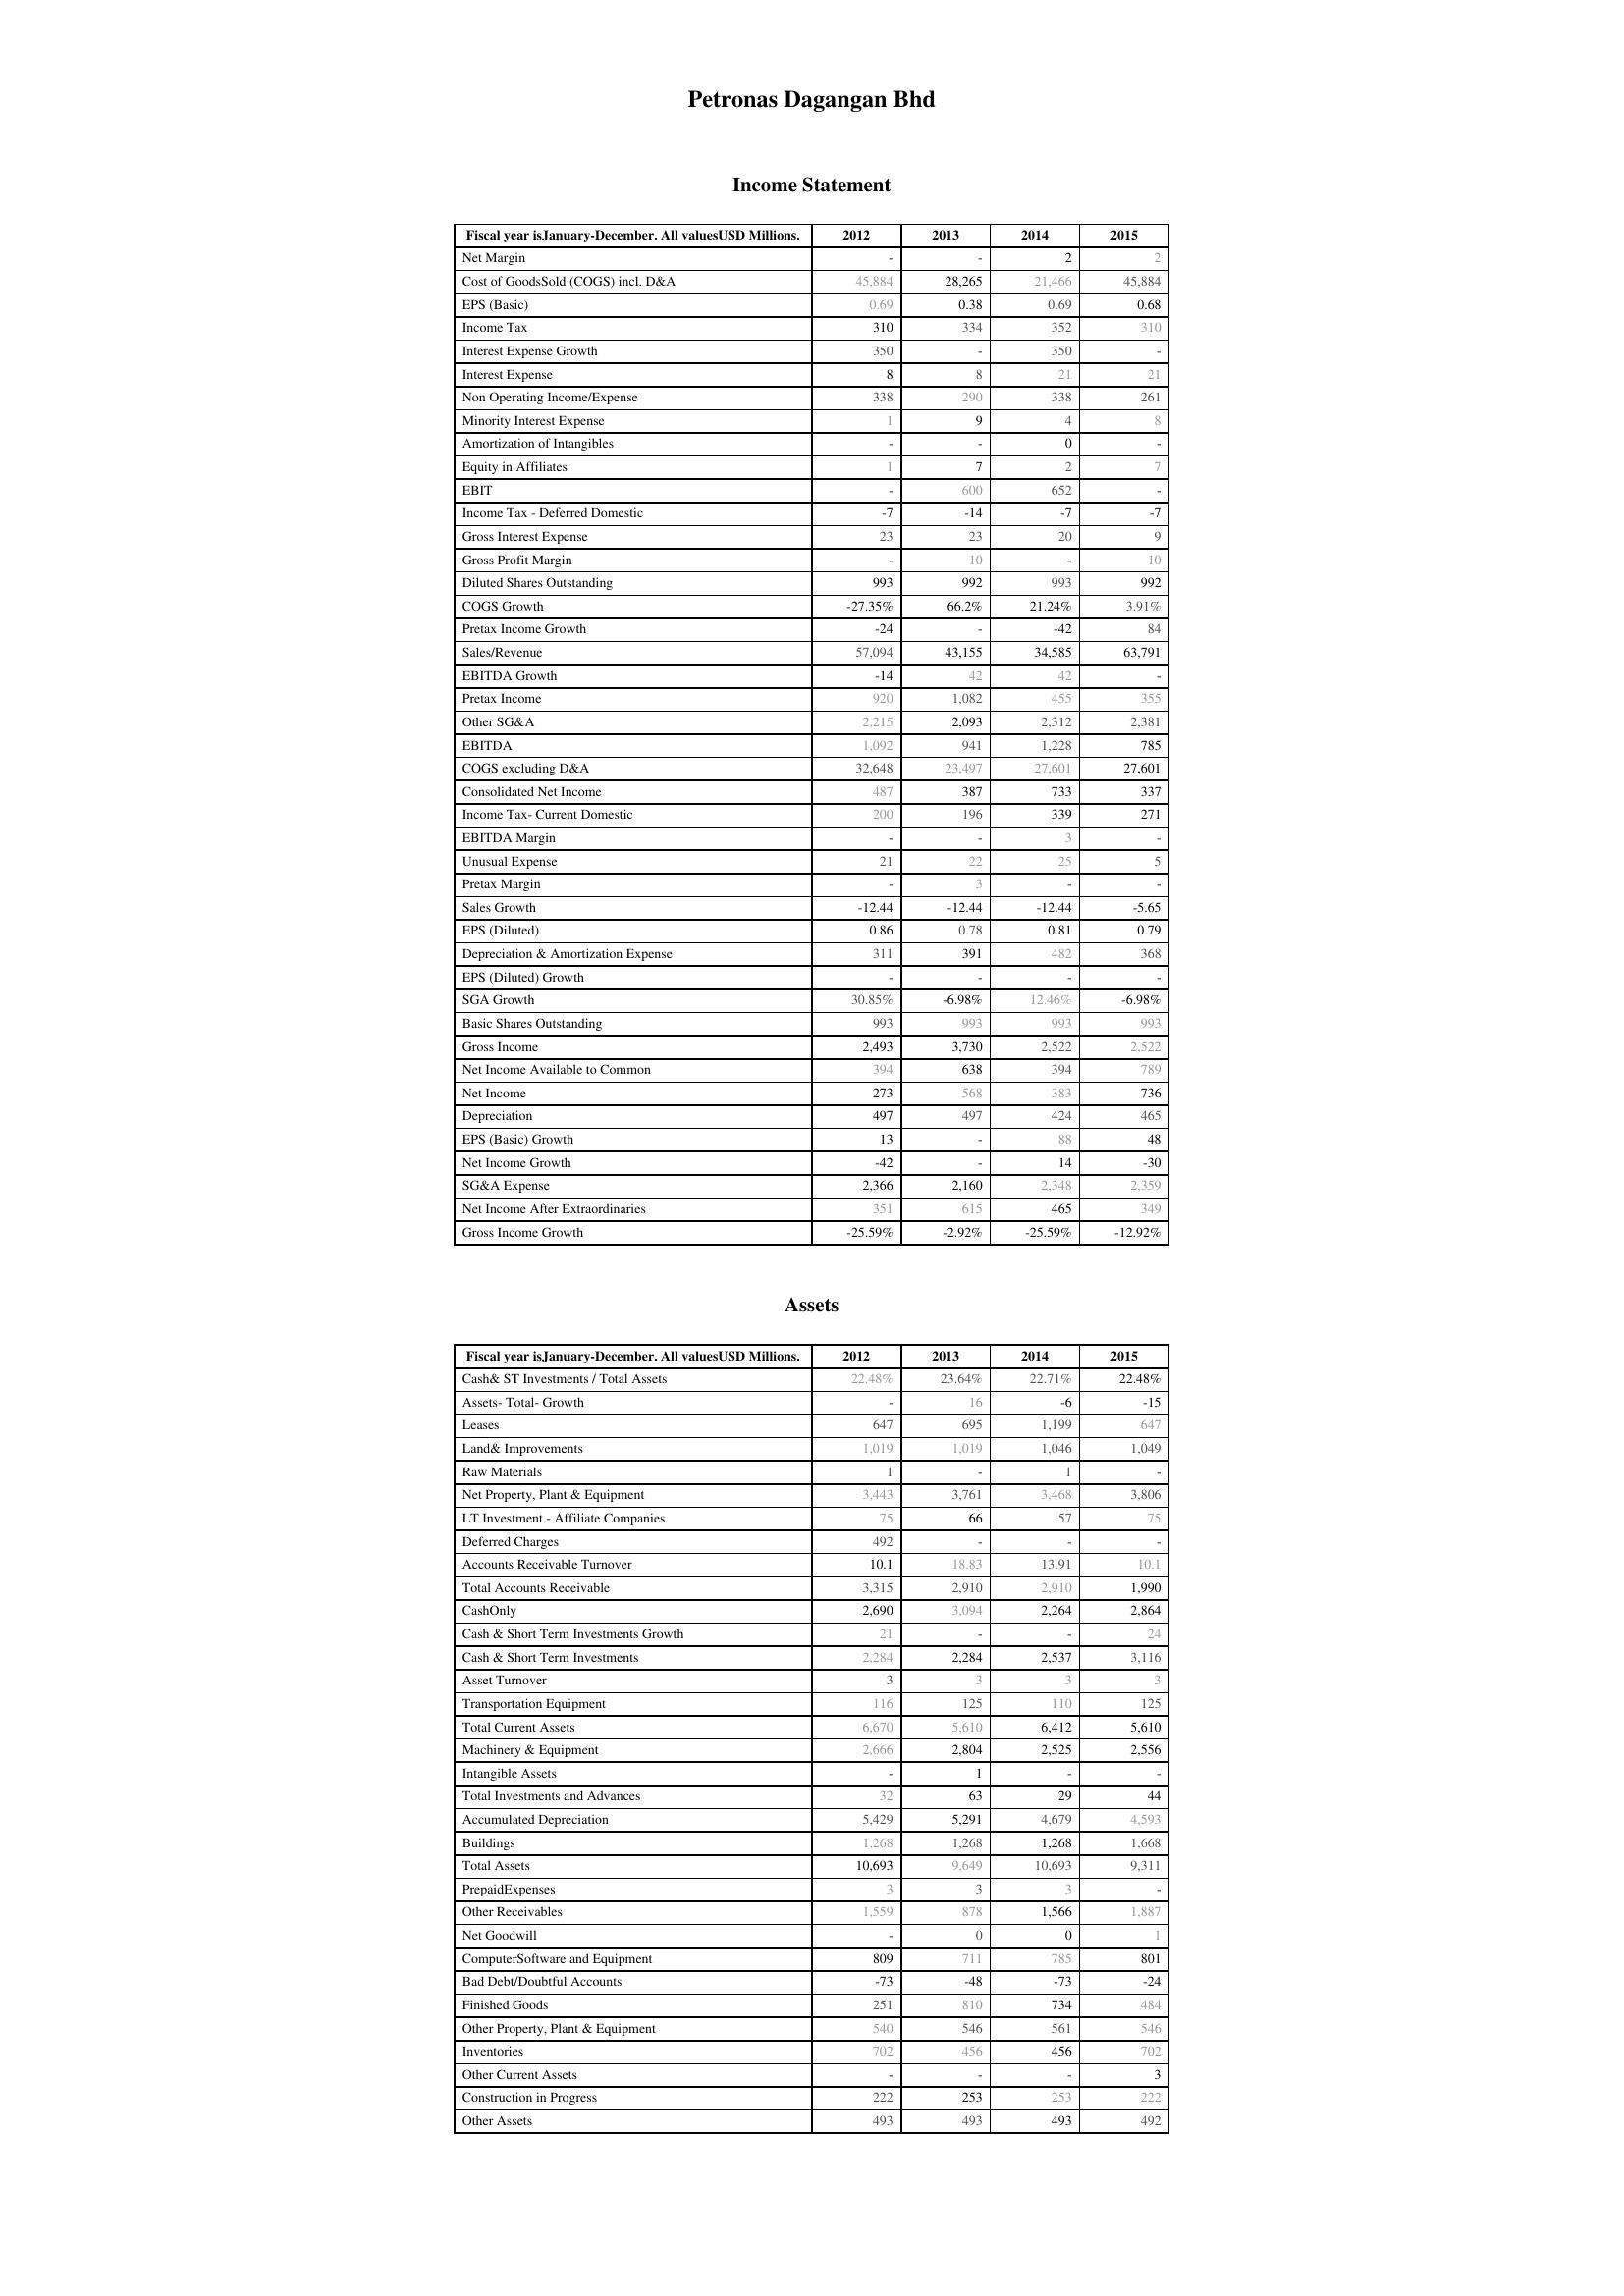
2012: Income Statement: Net Margin: -
Cost of GoodsSold (COGS) incl. D&A: 45,884
EPS (Basic): 0.69
Income Tax: 310
Interest Expense Growth: 350
Interest Expense: 8
Non Operating Income/Expense: 338
Minority Interest Expense: 1
Amortization of Intangibles: -
Equity in Affiliates: 1
EBIT: -
Income Tax - Deferred Domestic: -7
Gross Interest Expense: 23
Gross Profit Margin: -
Diluted Shares Outstanding: 993
COGS Growth: -27.35%
Pretax Income Growth: -24
Sales/Revenue: 57,094
EBITDA Growth: -14
Pretax Income: 920
Other SG&A: 2,215
EBITDA: 1,092
COGS excluding D&A: 32,648
Consolidated Net Income: 487
Income Tax- Current Domestic: 200
EBITDA Margin: -
Unusual Expense: 21
Pretax Margin: -
Sales Growth: -12.44
EPS (Diluted): 0.86
Depreciation & Amortization Expense: 311
EPS (Diluted) Growth: -
SGA Growth: 30.85%
Basic Shares Outstanding: 993
Gross Income: 2,493
Net Income Available to Common: 394
Net Income: 273
Depreciation: 497
EPS (Basic) Growth: 13
Net Income Growth: -42
SG&A Expense: 2,366
Net Income After Extraordinaries: 351
Gross Income Growth: -25.59%
Assets: Cash& ST Investments / Total Assets: 22.48%
Assets- Total- Growth: -
Leases: 647
Land& Improvements: 1,019
Raw Materials: 1
Net Property, Plant & Equipment: 3,443
LT Investment - Affiliate Companies: 75
Deferred Charges: 492
Accounts Receivable Turnover: 10.1
Total Accounts Receivable: 3,315
CashOnly: 2,690
Cash & Short Term Investments Growth: 21
Cash & Short Term Investments: 2,284
Asset Turnover: 3
Transportation Equipment: 116
Total Current Assets: 6,670
Machinery & Equipment: 2,666
Intangible Assets: -
Total Investments and Advances: 32
Accumulated Depreciation: 5,429
Buildings: 1,268
Total Assets: 10,693
PrepaidExpenses: 3
Other Receivables: 1,559
Net Goodwill: -
ComputerSoftware and Equipment: 809
Bad Debt/Doubtful Accounts: -73
Finished Goods: 251
Other Property, Plant & Equipment: 540
Inventories: 702
Other Current Assets: -
Construction in Progress: 222
Other Assets: 493
2013: Income Statement: Net Margin: -
Cost of GoodsSold (COGS) incl. D&A: 28,265
EPS (Basic): 0.38
Income Tax: 334
Interest Expense Growth: -
Interest Expense: 8
Non Operating Income/Expense: 290
Minority Interest Expense: 9
Amortization of Intangibles: -
Equity in Affiliates: 7
EBIT: 600
Income Tax - Deferred Domestic: -14
Gross Interest Expense: 23
Gross Profit Margin: 10
Diluted Shares Outstanding: 992
COGS Growth: 66.2%
Pretax Income Growth: -
Sales/Revenue: 43,155
EBITDA Growth: 42
Pretax Income: 1,082
Other SG&A: 2,093
EBITDA: 941
COGS excluding D&A: 23,497
Consolidated Net Income: 387
Income Tax- Current Domestic: 196
EBITDA Margin: -
Unusual Expense: 22
Pretax Margin: 3
Sales Growth: -12.44
EPS (Diluted): 0.78
Depreciation & Amortization Expense: 391
EPS (Diluted) Growth: -
SGA Growth: -6.98%
Basic Shares Outstanding: 993
Gross Income: 3,730
Net Income Available to Common: 638
Net Income: 568
Depreciation: 497
EPS (Basic) Growth: -
Net Income Growth: -
SG&A Expense: 2,160
Net Income After Extraordinaries: 615
Gross Income Growth: -2.92%
Assets: Cash& ST Investments / Total Assets: 23.64%
Assets- Total- Growth: 16
Leases: 695
Land& Improvements: 1,019
Raw Materials: -
Net Property, Plant & Equipment: 3,761
LT Investment - Affiliate Companies: 66
Deferred Charges: -
Accounts Receivable Turnover: 18.83
Total Accounts Receivable: 2,910
CashOnly: 3,094
Cash & Short Term Investments Growth: -
Cash & Short Term Investments: 2,284
Asset Turnover: 3
Transportation Equipment: 125
Total Current Assets: 5,610
Machinery & Equipment: 2,804
Intangible Assets: 1
Total Investments and Advances: 63
Accumulated Depreciation: 5,291
Buildings: 1,268
Total Assets: 9,649
PrepaidExpenses: 3
Other Receivables: 878
Net Goodwill: 0
ComputerSoftware and Equipment: 711
Bad Debt/Doubtful Accounts: -48
Finished Goods: 810
Other Property, Plant & Equipment: 546
Inventories: 456
Other Current Assets: -
Construction in Progress: 253
Other Assets: 493
2014: Income Statement: Net Margin: 2
Cost of GoodsSold (COGS) incl. D&A: 21,466
EPS (Basic): 0.69
Income Tax: 352
Interest Expense Growth: 350
Interest Expense: 21
Non Operating Income/Expense: 338
Minority Interest Expense: 4
Amortization of Intangibles: 0
Equity in Affiliates: 2
EBIT: 652
Income Tax - Deferred Domestic: -7
Gross Interest Expense: 20
Gross Profit Margin: -
Diluted Shares Outstanding: 993
COGS Growth: 21.24%
Pretax Income Growth: -42
Sales/Revenue: 34,585
EBITDA Growth: 42
Pretax Income: 455
Other SG&A: 2,312
EBITDA: 1,228
COGS excluding D&A: 27,601
Consolidated Net Income: 733
Income Tax- Current Domestic: 339
EBITDA Margin: 3
Unusual Expense: 25
Pretax Margin: -
Sales Growth: -12.44
EPS (Diluted): 0.81
Depreciation & Amortization Expense: 482
EPS (Diluted) Growth: -
SGA Growth: 12.46%
Basic Shares Outstanding: 993
Gross Income: 2,522
Net Income Available to Common: 394
Net Income: 383
Depreciation: 424
EPS (Basic) Growth: 88
Net Income Growth: 14
SG&A Expense: 2,348
Net Income After Extraordinaries: 465
Gross Income Growth: -25.59%
Assets: Cash& ST Investments / Total Assets: 22.71%
Assets- Total- Growth: -6
Leases: 1,199
Land& Improvements: 1,046
Raw Materials: 1
Net Property, Plant & Equipment: 3,468
LT Investment - Affiliate Companies: 57
Deferred Charges: -
Accounts Receivable Turnover: 13.91
Total Accounts Receivable: 2,910
CashOnly: 2,264
Cash & Short Term Investments Growth: -
Cash & Short Term Investments: 2,537
Asset Turnover: 3
Transportation Equipment: 110
Total Current Assets: 6,412
Machinery & Equipment: 2,525
Intangible Assets: -
Total Investments and Advances: 29
Accumulated Depreciation: 4,679
Buildings: 1,268
Total Assets: 10,693
PrepaidExpenses: 3
Other Receivables: 1,566
Net Goodwill: 0
ComputerSoftware and Equipment: 785
Bad Debt/Doubtful Accounts: -73
Finished Goods: 734
Other Property, Plant & Equipment: 561
Inventories: 456
Other Current Assets: -
Construction in Progress: 253
Other Assets: 493
2015: Income Statement: Net Margin: 2
Cost of GoodsSold (COGS) incl. D&A: 45,884
EPS (Basic): 0.68
Income Tax: 310
Interest Expense Growth: -
Interest Expense: 21
Non Operating Income/Expense: 261
Minority Interest Expense: 8
Amortization of Intangibles: -
Equity in Affiliates: 7
EBIT: -
Income Tax - Deferred Domestic: -7
Gross Interest Expense: 9
Gross Profit Margin: 10
Diluted Shares Outstanding: 992
COGS Growth: 3.91%
Pretax Income Growth: 84
Sales/Revenue: 63,791
EBITDA Growth: -
Pretax Income: 355
Other SG&A: 2,381
EBITDA: 785
COGS excluding D&A: 27,601
Consolidated Net Income: 337
Income Tax- Current Domestic: 271
EBITDA Margin: -
Unusual Expense: 5
Pretax Margin: -
Sales Growth: -5.65
EPS (Diluted): 0.79
Depreciation & Amortization Expense: 368
EPS (Diluted) Growth: -
SGA Growth: -6.98%
Basic Shares Outstanding: 993
Gross Income: 2,522
Net Income Available to Common: 789
Net Income: 736
Depreciation: 465
EPS (Basic) Growth: 48
Net Income Growth: -30
SG&A Expense: 2,359
Net Income After Extraordinaries: 349
Gross Income Growth: -12.92%
Assets: Cash& ST Investments / Total Assets: 22.48%
Assets- Total- Growth: -15
Leases: 647
Land& Improvements: 1,049
Raw Materials: -
Net Property, Plant & Equipment: 3,806
LT Investment - Affiliate Companies: 75
Deferred Charges: -
Accounts Receivable Turnover: 10.1
Total Accounts Receivable: 1,990
CashOnly: 2,864
Cash & Short Term Investments Growth: 24
Cash & Short Term Investments: 3,116
Asset Turnover: 3
Transportation Equipment: 125
Total Current Assets: 5,610
Machinery & Equipment: 2,556
Intangible Assets: -
Total Investments and Advances: 44
Accumulated Depreciation: 4,593
Buildings: 1,668
Total Assets: 9,311
PrepaidExpenses: -
Other Receivables: 1,887
Net Goodwill: 1
ComputerSoftware and Equipment: 801
Bad Debt/Doubtful Accounts: -24
Finished Goods: 484
Other Property, Plant & Equipment: 546
Inventories: 702
Other Current Assets: 3
Construction in Progress: 222
Other Assets: 492